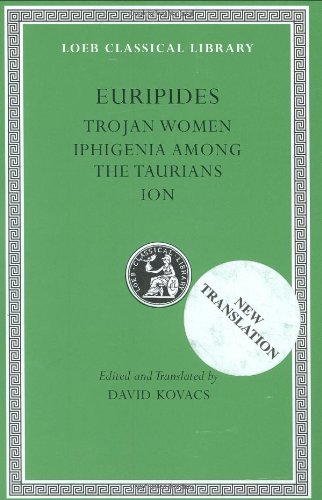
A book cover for Euripides, Volume IV. Trojan Women. Iphigenia among the Taurians. Ion (Loeb Classical Library No. 10); Euripides; Literature & Fiction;